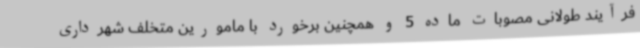
فرآیند طولانی مصوبات ماده 5 و همچنین برخورد با مامورین متخلف شهرداری